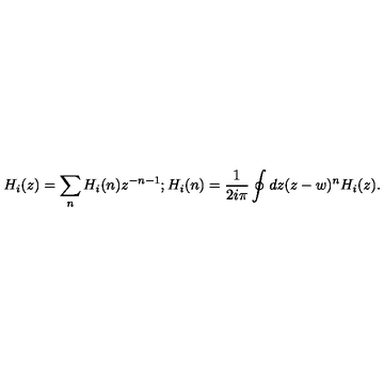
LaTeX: H _ { i } ( z ) = \sum _ { n } H _ { i } ( n ) z ^ { - n - 1 } ; H _ { i } ( n ) = \frac { 1 } { 2 i \pi } \oint { d z ( z - w ) ^ { n } H _ { i } ( z ) } .